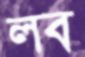
লব